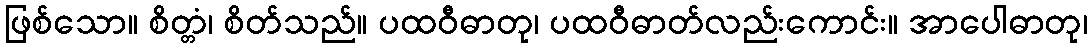
ဖြစ်သော။ စိတ္တံ၊ စိတ်သည်။ ပထဝီဓာတု၊ ပထဝီဓာတ်လည်းကောင်း။ အာပေါဓာတု၊